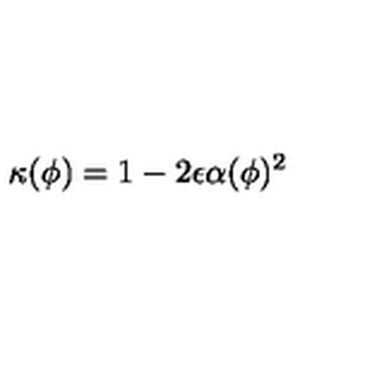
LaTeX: \kappa ( \phi ) = 1 - 2 \epsilon \alpha ( \phi ) ^ { 2 }